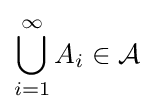
\bigcup _{i=1}^{\infty }A_{i}\in {\mathcal {A}}